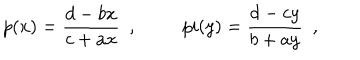
p ( x ) = \frac { d - b x } { c + a x } \ \ , \ \, p i ( y ) = \frac { d - c y } { b + a y } \ \ ,